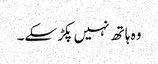
وہ ہاتھ نہیں پکڑ سکے۔